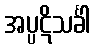
အပ္ပဋိသင်္ခါ